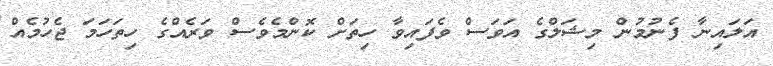
އަލައިނާ ފެނުމުން މިޝަލްގެ އަވަސް ވެފައިވާ ހިތަށް ކޮންމެވެސް ވަރެއްގެ ހިތަހަމަ ޖެހުމެއް